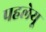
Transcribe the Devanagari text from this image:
पहलेयू